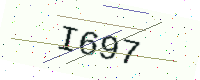
Text: I697